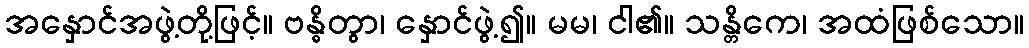
အနှောင်အဖွဲ့တို့ဖြင့်။ ဗန္ဓိတွာ၊ နှောင်ဖွဲ့၍။ မမ၊ ငါ၏။ သန္တိကေ၊ အထံဖြစ်သော။